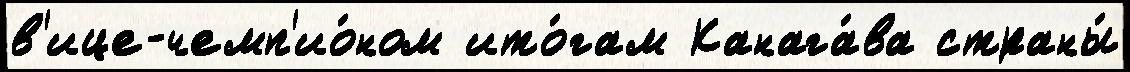
в'ице-чемп'ио́ном ито́гам Канага́ва страны́